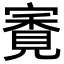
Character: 𡪳